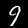
Digit: 9